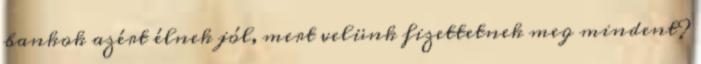
bankok azért élnek jól, mert velünk fizettetnek meg mindent?